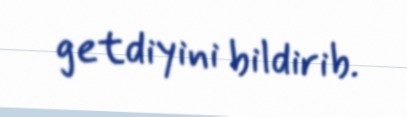
getdiyini bildirib.